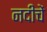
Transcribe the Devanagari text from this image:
नदीचें